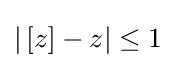
|\left[z\right]-z|\leq 1